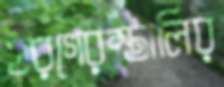
ঘরগেরস্তালির